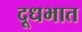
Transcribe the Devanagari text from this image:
दूधभात